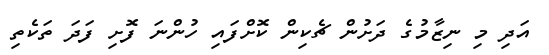
އަދި މި ނިޒާމުގެ ދަށުން ޗެކިން ކޮށްފައި ހުންނަ ފޮށި ފަދަ ތަކެތި